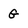
Character: G